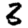
Digit: 3